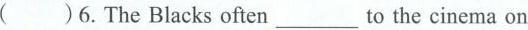
( )6. The Blacks often___ to the cinema on